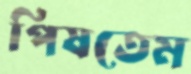
পিষতেম